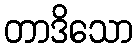
တာဒိသော